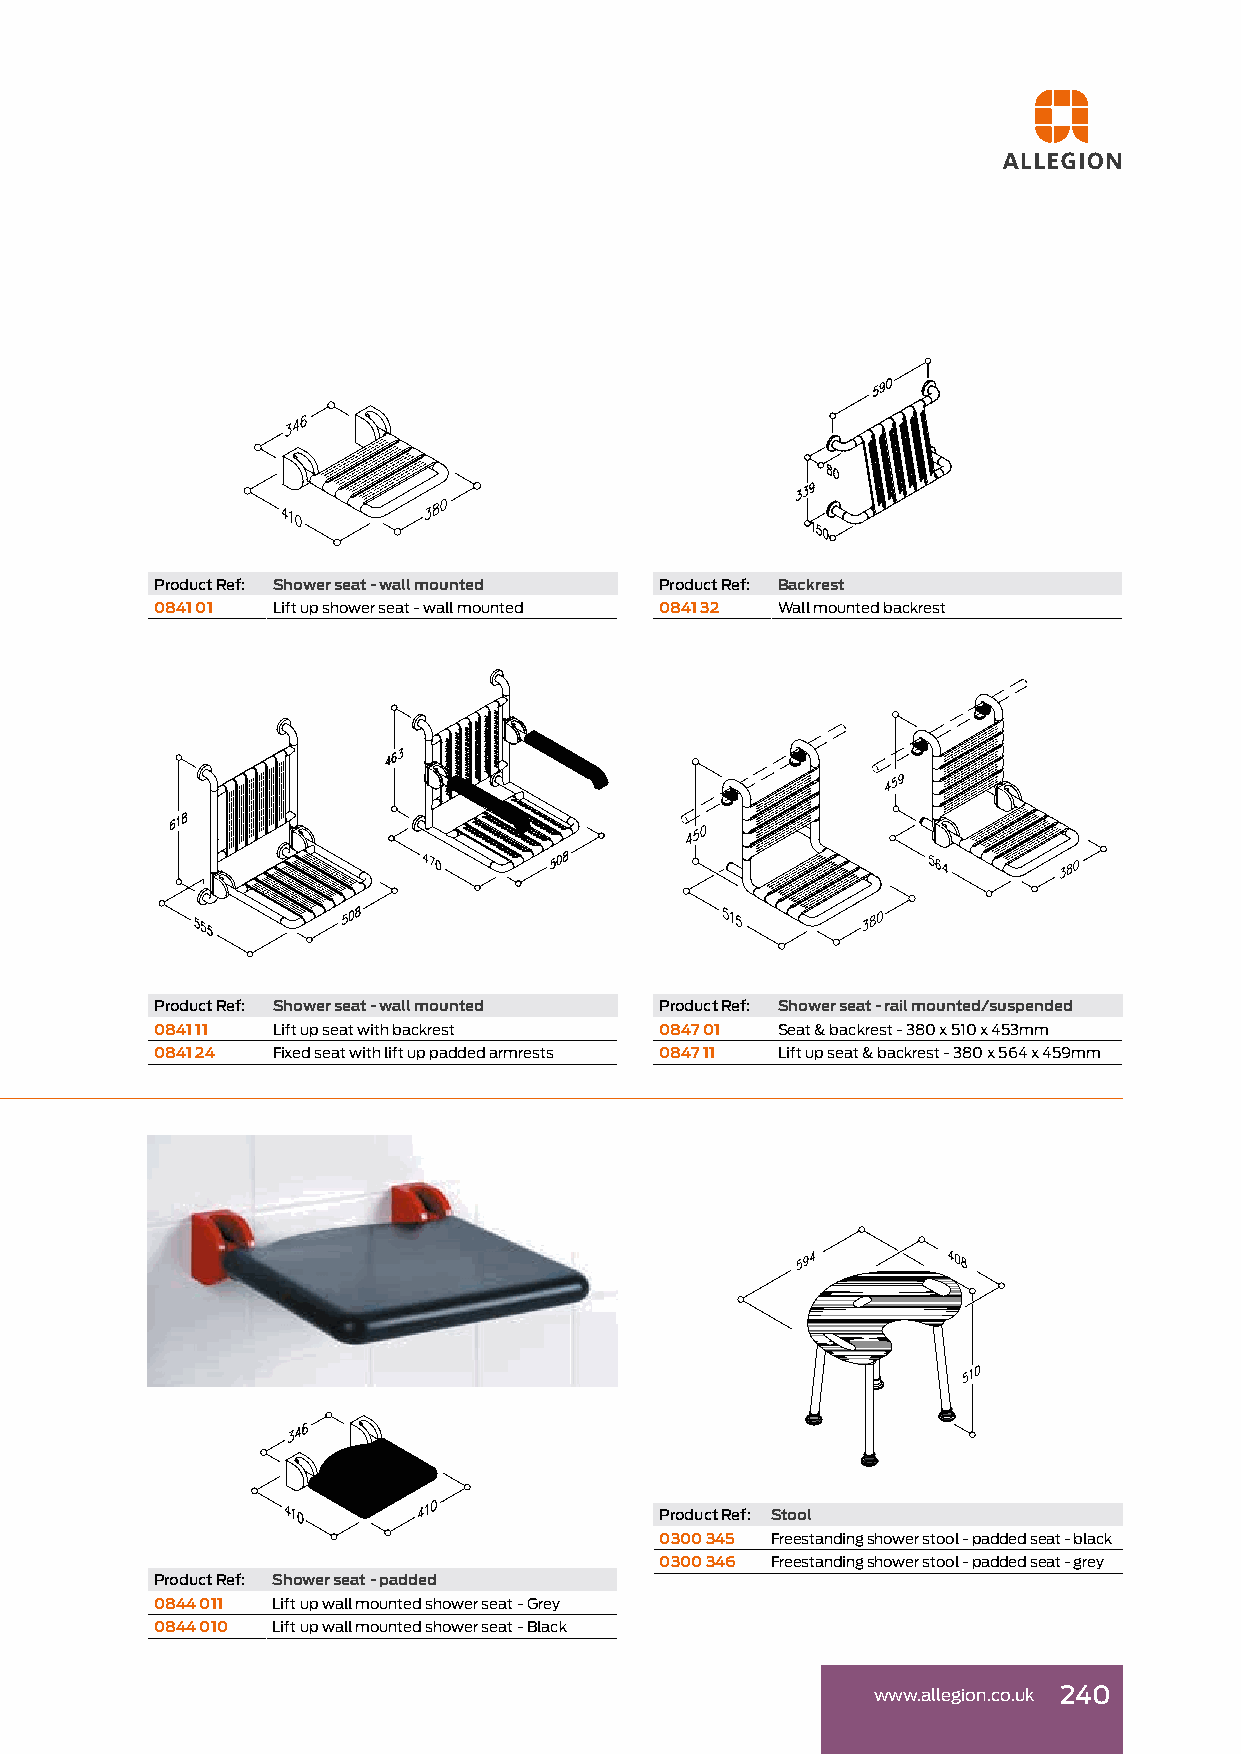
Product Ref: Shower seat - wall mounted Product Ref: Backrest
 0841 01 Lift up shower seat - wall mounted 0841 32 Wall mounted backrest
 Product Ref: Shower seat - wall mounted Product Ref: Shower seat - rail mounted/suspended
 0841 11 Lift up seat with backrest 0847 01 Seat & backrest - 380 x 510 x 453mm
 0841 24 Fixed seat with lift up padded armrests 0847 11 Lift up seat & backrest - 380 x 564 x 459mm
 Product Ref: Stool
 0300 345 Freestanding shower stool - padded seat - black
 0300 346 Freestanding shower stool - padded seat - grey
 Product Ref: Shower seat - padded
 0844 011 Lift up wall mounted shower seat - Grey
 0844 010 Lift up wall mounted shower seat - Black
 www.allegion.co.uk 240